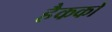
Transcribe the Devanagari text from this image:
हैकको